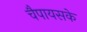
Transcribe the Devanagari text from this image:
चैपायसके